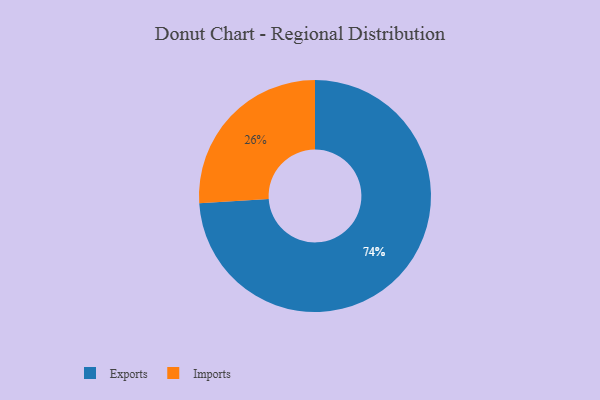
{"axis": {"x": "Category", "y": "Percentage"}, "legend": ["Exports", "Imports"], "data": [{"x": "Exports", "y": 74, "type": "Exports"}, {"x": "Imports", "y": 26, "type": "Imports"}]}